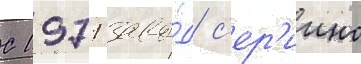
С 1971 заво́д с'ер'иино